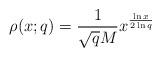
LaTeX: \begin{align*} \rho(x;q)=\frac{1}{\sqrt{q}M}x^{\frac{\ln x}{2\ln q}} \end{align*}